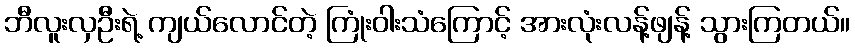
ဘီလူးလှဦးရဲ့ ကျယ်လောင်တဲ့ ကြုံးဝါးသံကြောင့် အားလုံးလန့်ဖျန့် သွားကြတယ်။